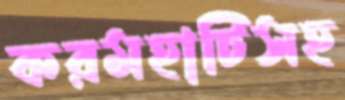
করমহাটিসহ